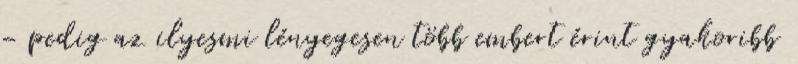
– pedig az ilyesmi lényegesen több embert érint gyakoribb